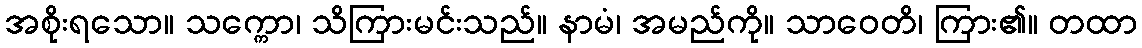
အစိုးရသော။ သက္ကော၊ သိကြားမင်းသည်။ နာမံ၊ အမည်ကို။ သာဝေတိ၊ ကြား၏။ တထာ